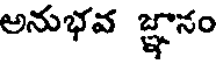
అనుభవ జ్ఞానం